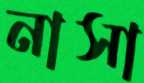
নাসা